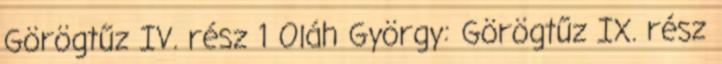
Görögtűz IV. rész 1 Oláh György: Görögtűz IX. rész